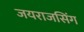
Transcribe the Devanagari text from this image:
जयराजसिंग